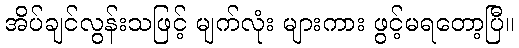
အိပ်ချင်လွန်းသဖြင့် မျက်လုံး များကား ဖွင့်မရတော့ပြီ။